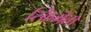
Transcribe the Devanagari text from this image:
स्किमेता